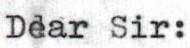
Dear Sir: